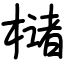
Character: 槠